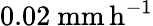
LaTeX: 0.02\ \mathrm{mm\, h^{-1}}